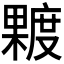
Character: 𪳿